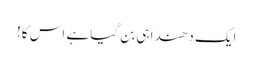
ایک دھندا ہی بن گیا ہے اس کا!